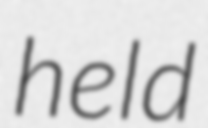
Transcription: held